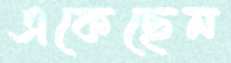
একেছেন